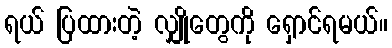
ရယ် ပြထားတဲ့ လျှိုတွေကို ရှောင်ရမယ်။